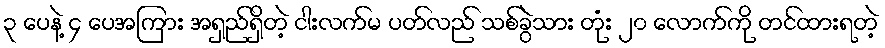
၃ ပေနဲ့ ၄ ပေအကြား အရှည်ရှိတဲ့ ငါးလက်မ ပတ်လည် သစ်ခွဲသား တုံး ၂၀ လောက်ကို တင်ထားရတဲ့